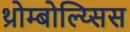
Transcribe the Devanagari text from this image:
थ्रोम्बोल्य्सिस